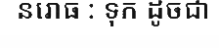
និរោធ : ទុក ដូចជា